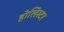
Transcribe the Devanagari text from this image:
होलिस्टर